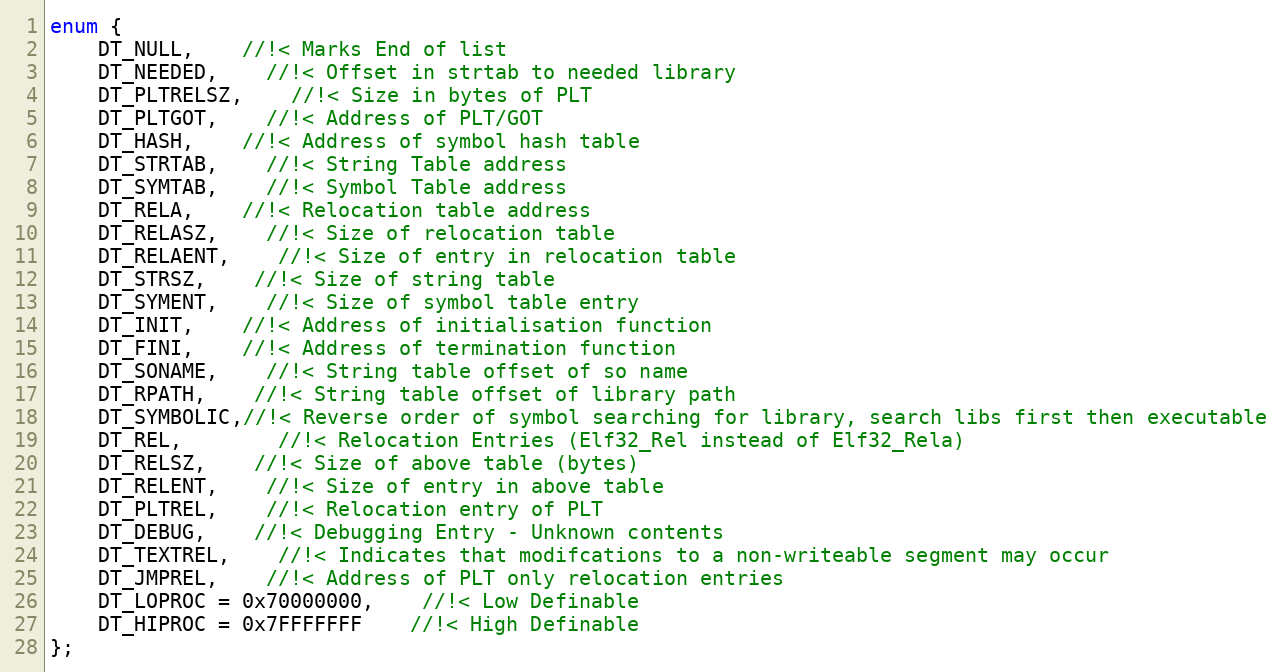
Language: C
enum {
	DT_NULL,	//!< Marks End of list
	DT_NEEDED,	//!< Offset in strtab to needed library
	DT_PLTRELSZ,	//!< Size in bytes of PLT
	DT_PLTGOT,	//!< Address of PLT/GOT
	DT_HASH,	//!< Address of symbol hash table
	DT_STRTAB,	//!< String Table address
	DT_SYMTAB,	//!< Symbol Table address
	DT_RELA,	//!< Relocation table address
	DT_RELASZ,	//!< Size of relocation table
	DT_RELAENT,	//!< Size of entry in relocation table
	DT_STRSZ,	//!< Size of string table
	DT_SYMENT,	//!< Size of symbol table entry
	DT_INIT,	//!< Address of initialisation function
	DT_FINI,	//!< Address of termination function
	DT_SONAME,	//!< String table offset of so name
	DT_RPATH,	//!< String table offset of library path
	DT_SYMBOLIC,//!< Reverse order of symbol searching for library, search libs first then executable
	DT_REL,		//!< Relocation Entries (Elf32_Rel instead of Elf32_Rela)
	DT_RELSZ,	//!< Size of above table (bytes)
	DT_RELENT,	//!< Size of entry in above table
	DT_PLTREL,	//!< Relocation entry of PLT
	DT_DEBUG,	//!< Debugging Entry - Unknown contents
	DT_TEXTREL,	//!< Indicates that modifcations to a non-writeable segment may occur
	DT_JMPREL,	//!< Address of PLT only relocation entries
	DT_LOPROC = 0x70000000,	//!< Low Definable
	DT_HIPROC = 0x7FFFFFFF	//!< High Definable
};